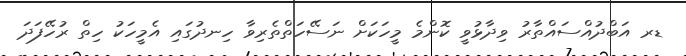
ޑރ އަބްދުއްސައްތާރު ވިދާޅުވީ ކޮންމެ މީހަކަށް ނަސޭހަތްތެރިވާ ހިނދުގައި އެމީހަކު ހިތް ރުހޭފަދަ